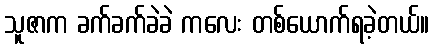
သူဇာက ခက်ခက်ခဲခဲ ကလေး တစ်ယောက်ရခဲ့တယ်။